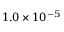
1 . 0 \times 1 0 ^ { - 5 }